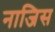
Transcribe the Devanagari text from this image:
नाजिस